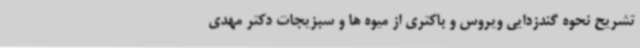
تشریح نحوه گندزدایی ویروس و باکتری از میوه ها و سبزیجات دکتر مهدی